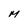
Character: M